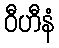
ဝီဟီနံ